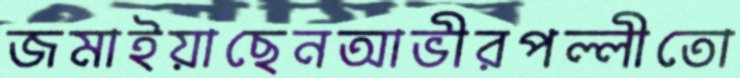
জমাইয়াছেনআভীরপল্লীতো